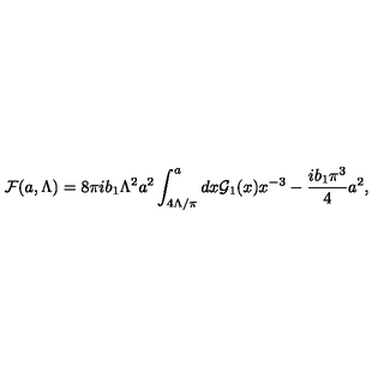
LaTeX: { \cal F } ( a , \Lambda ) = { 8 \pi i b _ { 1 } } \Lambda ^ { 2 } a ^ { 2 } \int _ { 4 \Lambda / \pi } ^ { a } d x { \cal G } _ { 1 } ( x ) x ^ { - 3 } - { \frac { i b _ { 1 } \pi ^ { 3 } } { 4 } } a ^ { 2 } ,